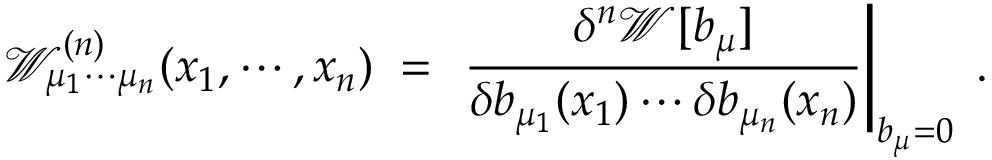
{ \mathcal W } _ { \mu _ { 1 } \cdots \mu _ { n } } ^ { ( n ) } ( x _ { 1 } , \cdots , x _ { n } ) \; = \; \left. \frac { \delta ^ { n } { \mathcal W } [ b _ { \mu } ] } { \delta b _ { \mu _ { 1 } } ( x _ { 1 } ) \cdots \delta b _ { \mu _ { n } } ( x _ { n } ) } \right| _ { b _ { \mu } = 0 } \; .